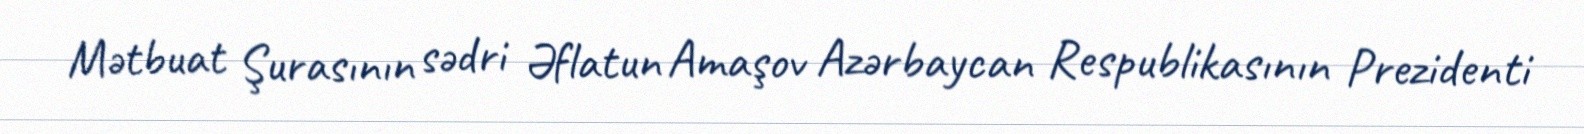
Mətbuat Şurasının sədri Əflatun Amaşov Azərbaycan Respublikasının Prezidenti